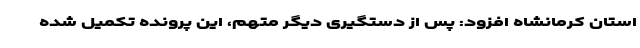
استان کرمانشاه افزود: پس از دستگیری دیگر متهم، این پرونده تکمیل شده